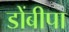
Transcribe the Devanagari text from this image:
डोंबीपा